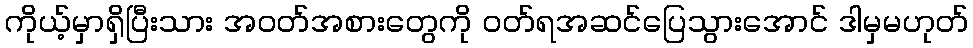
ကိုယ့်မှာရှိပြီးသား အဝတ်အစားတွေကို ဝတ်ရအဆင်ပြေသွားအောင် ဒါမှမဟုတ်